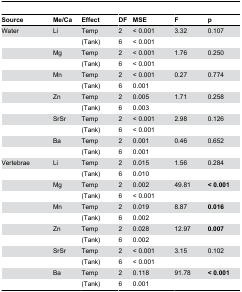
<table><thead><tr><td><b>Source</b></td><td><b>Me/Ca</b></td><td><b>Effect</b></td><td><b>DF</b></td><td><b>MSE</b></td><td><b>F</b></td><td><b>p</b></td></tr></thead><tbody><tr><td>Water</td><td>Li</td><td>Temp</td><td>2</td><td>&lt; 0.001</td><td>3.32</td><td>0.107</td></tr><tr><td>[EMPTY_CELL]</td><td>[EMPTY_CELL]</td><td>(Tank)</td><td>6</td><td>&lt; 0.001</td><td>[EMPTY_CELL]</td><td>[EMPTY_CELL]</td></tr><tr><td>[EMPTY_CELL]</td><td>Mg</td><td>Temp</td><td>2</td><td>&lt; 0.001</td><td>1.76</td><td>0.250</td></tr><tr><td>[EMPTY_CELL]</td><td>[EMPTY_CELL]</td><td>(Tank)</td><td>6</td><td>&lt; 0.001</td><td>[EMPTY_CELL]</td><td>[EMPTY_CELL]</td></tr><tr><td>[EMPTY_CELL]</td><td>Mn</td><td>Temp</td><td>2</td><td>&lt; 0.001</td><td>0.27</td><td>0.774</td></tr><tr><td>[EMPTY_CELL]</td><td>[EMPTY_CELL]</td><td>(Tank)</td><td>6</td><td>0.001</td><td>[EMPTY_CELL]</td><td>[EMPTY_CELL]</td></tr><tr><td>[EMPTY_CELL]</td><td>Zn</td><td>Temp</td><td>2</td><td>0.005</td><td>1.71</td><td>0.258</td></tr><tr><td>[EMPTY_CELL]</td><td>[EMPTY_CELL]</td><td>(Tank)</td><td>6</td><td>0.003</td><td>[EMPTY_CELL]</td><td>[EMPTY_CELL]</td></tr><tr><td>[EMPTY_CELL]</td><td>SrSr</td><td>Temp</td><td>2</td><td>&lt; 0.001</td><td>2.98</td><td>0.126</td></tr><tr><td>[EMPTY_CELL]</td><td>[EMPTY_CELL]</td><td>(Tank)</td><td>6</td><td>&lt; 0.001</td><td>[EMPTY_CELL]</td><td>[EMPTY_CELL]</td></tr><tr><td>[EMPTY_CELL]</td><td>Ba</td><td>Temp</td><td>2</td><td>0.001</td><td>0.46</td><td>0.652</td></tr><tr><td>[EMPTY_CELL]</td><td>[EMPTY_CELL]</td><td>(Tank)</td><td>6</td><td>0.001</td><td>[EMPTY_CELL]</td><td>[EMPTY_CELL]</td></tr><tr><td>Vertebrae</td><td>Li</td><td>Temp</td><td>2</td><td>0.015</td><td>1.56</td><td>0.284</td></tr><tr><td>[EMPTY_CELL]</td><td>[EMPTY_CELL]</td><td>(Tank)</td><td>6</td><td>0.010</td><td>[EMPTY_CELL]</td><td>[EMPTY_CELL]</td></tr><tr><td>[EMPTY_CELL]</td><td>Mg</td><td>Temp</td><td>2</td><td>0.002</td><td>49.81</td><td><b>&lt; 0.001</b></td></tr><tr><td>[EMPTY_CELL]</td><td>[EMPTY_CELL]</td><td>(Tank)</td><td>6</td><td>&lt; 0.001</td><td>[EMPTY_CELL]</td><td>[EMPTY_CELL]</td></tr><tr><td>[EMPTY_CELL]</td><td>Mn</td><td>Temp</td><td>2</td><td>0.019</td><td>8.87</td><td><b>0.016</b></td></tr><tr><td>[EMPTY_CELL]</td><td>[EMPTY_CELL]</td><td>(Tank)</td><td>6</td><td>0.002</td><td>[EMPTY_CELL]</td><td>[EMPTY_CELL]</td></tr><tr><td>[EMPTY_CELL]</td><td>Zn</td><td>Temp</td><td>2</td><td>0.028</td><td>12.97</td><td><b>0.007</b></td></tr><tr><td>[EMPTY_CELL]</td><td>[EMPTY_CELL]</td><td>(Tank)</td><td>6</td><td>0.002</td><td>[EMPTY_CELL]</td><td>[EMPTY_CELL]</td></tr><tr><td>[EMPTY_CELL]</td><td>SrSr</td><td>Temp</td><td>2</td><td>&lt; 0.001</td><td>3.15</td><td>0.102</td></tr><tr><td>[EMPTY_CELL]</td><td>[EMPTY_CELL]</td><td>(Tank)</td><td>6</td><td>&lt; 0.001</td><td>[EMPTY_CELL]</td><td>[EMPTY_CELL]</td></tr><tr><td>[EMPTY_CELL]</td><td>Ba</td><td>Temp</td><td>2</td><td>0.118</td><td>91.78</td><td><b>&lt; 0.001</b></td></tr><tr><td>[EMPTY_CELL]</td><td>[EMPTY_CELL]</td><td>(Tank)</td><td>6</td><td>0.001</td><td>[EMPTY_CELL]</td><td>[EMPTY_CELL]</td></tr></tbody></table>